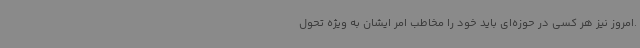
.امروز نیز هر کسی در حوزه‌ای باید خود را مخاطب امر ایشان به ویژه تحول